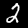
Digit: 2